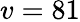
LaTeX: v=81